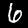
Label: 6